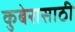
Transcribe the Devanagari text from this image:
कुबेरासाठी